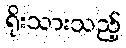
ရိုးသားသည့်